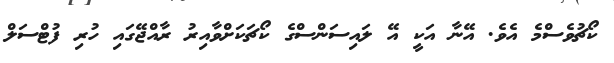
ކޯޗުވެސްމެ އެވެ. އޭނާ އަކީ އޭ ލައިސަންސްގެ ކޯޗަކަށްވާއިރު ރާއްޖޭގައި ހުރި ފުޓްސަލް